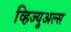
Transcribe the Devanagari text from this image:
व्हिज्युअल्स